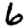
Digit: 6